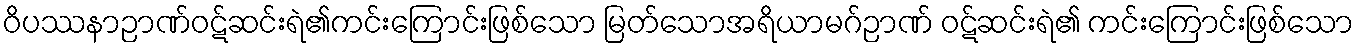
ဝိပဿနာဉာဏ်ဝဋ်ဆင်းရဲ၏ကင်းကြောင်းဖြစ်သော မြတ်သောအရိယာမဂ်ဉာဏ် ဝဋ်ဆင်းရဲ၏ ကင်းကြောင်းဖြစ်သော